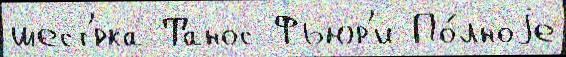
шест'́рка Танос Фьюр'и По́лноjе